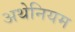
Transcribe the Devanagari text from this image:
अथेनियम